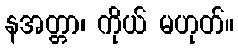
နအတ္တာ၊ ကိုယ် မဟုတ်။